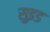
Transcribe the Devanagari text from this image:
सुइड